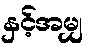
နှင့်အမျှ